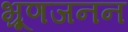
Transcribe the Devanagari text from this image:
भ्रूणजनन